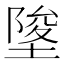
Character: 𡍵